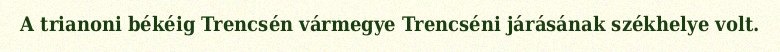
A trianoni békéig Trencsén vármegye Trencséni járásának székhelye volt.